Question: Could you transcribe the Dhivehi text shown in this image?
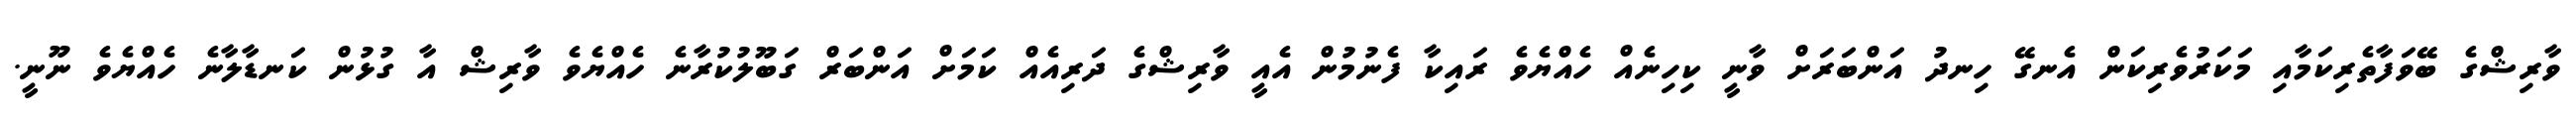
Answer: ވާރިޝްގެ ބޭވަފާތެރިކަމާއި މަކަރުވެރިކަން އެނގޭ ހިނދު އަންބަރަށް ވާނީ ކިހިނެއް ހެއްޔެވެ ރައިކާ ފެނުމުން އެއީ ވާރިޝްގެ ދަރިއެއް ކަމަށް އަންބަރް ގަބޫލުކުރާނެ ހެއްޔެވެ ވާރިޝް އާ ގުޅުން ކަނޑާލާނެ ހެއްޔެވެ ނޫނީ.